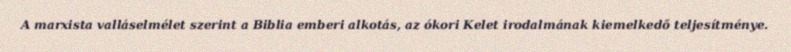
A marxista valláselmélet szerint a Biblia emberi alkotás, az ókori Kelet irodalmának kiemelkedő teljesítménye.